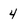
Character: 4